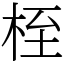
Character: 桎